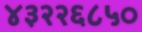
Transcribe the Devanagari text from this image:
४३२२६८५०